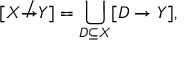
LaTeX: [ X \not \to Y ] = \bigcup _ { D \subseteq { X } } [ D \to Y ] ,